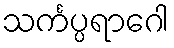
သင်္ကပ္ပရာဂေါ